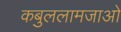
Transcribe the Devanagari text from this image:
कबुललामजाओ